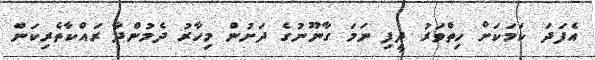
އެފަދަ ކަމަކަށް ހިތްވަރު ދީފި ނަމަ ގާނޫނުގެ ދަށުން މިހާރު ދެމުންދާ ރައްކާތެރިކަން